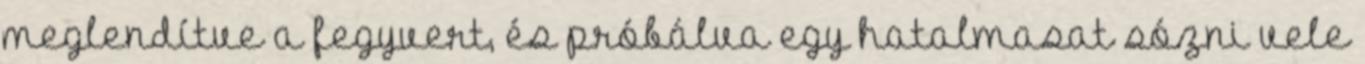
meglendítve a fegyvert, és próbálva egy hatalmasat sózni vele